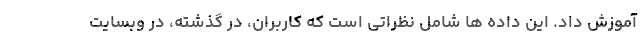
آموزش داد. این داده ها شامل نظراتی است که کاربران، در گذشته، در وبسایت